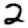
Digit: 2